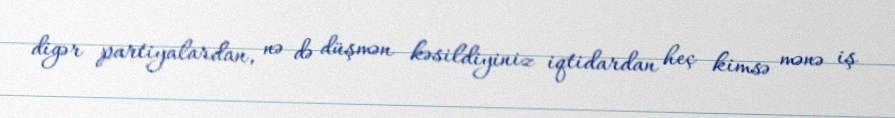
digər partiyalardan, nə də düşmən kəsildiyiniz iqtidardan heç kimsə mənə iş